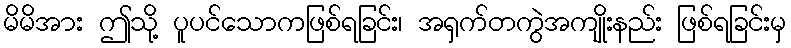
မိမိအား ဤသို့ ပူပင်သောကဖြစ်ရခြင်း၊ အရှက်တကွဲအကျိုးနည်း ဖြစ်ရခြင်းမှ